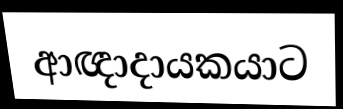
ආඥාදායකයාට